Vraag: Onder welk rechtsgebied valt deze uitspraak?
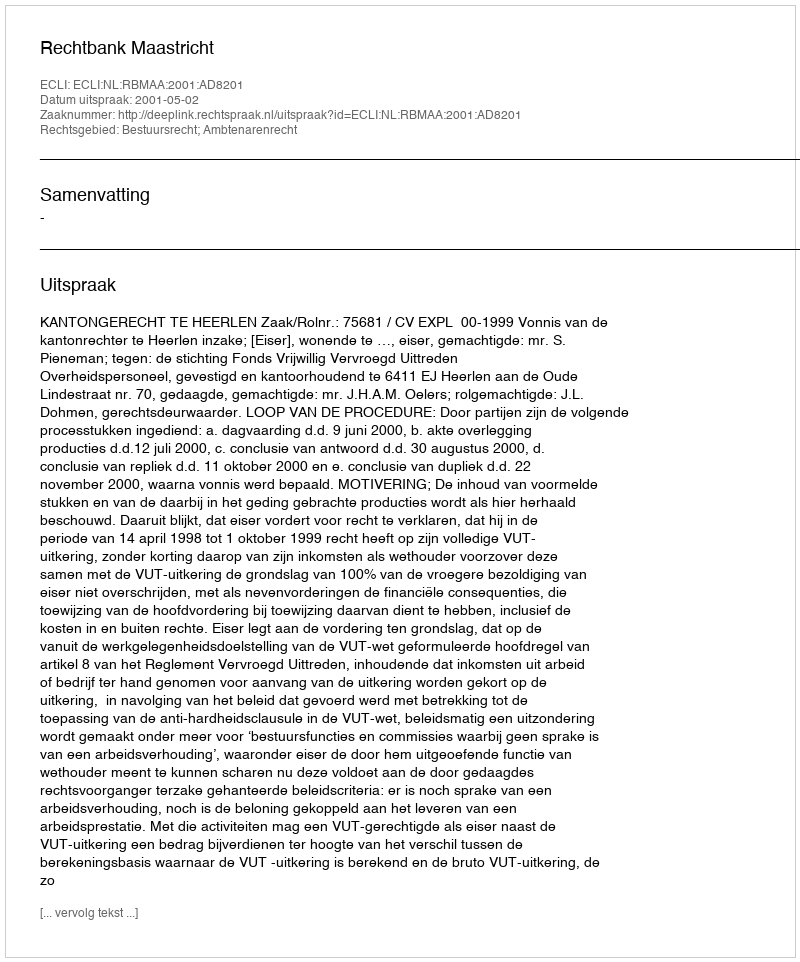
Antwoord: Bestuursrecht; Ambtenarenrecht